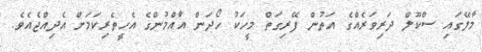
މާލޭގައި ސްކޫލް ދަރިވަރެއްގެ އަތުން ފޭރިގަތް މީހަކު ހޯދަން އާއްމުންގެ އެހީތެރިކަމަށް އެދިއްޖެއެވެ.